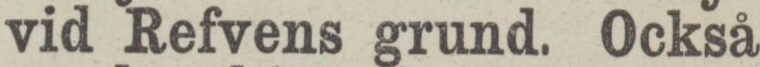
vid Refvens grund. Också